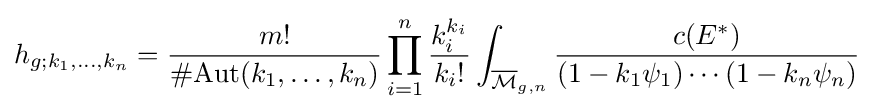
h_{g;k_{1},\dots ,k_{n}}={\dfrac {m!}{\#{\text{Aut}}(k_{1},\ldots ,k_{n})}}\prod _{i=1}^{n}{\frac {k_{i}^{k_{i}}}{k_{i}!}}\int _{{\overline {\mathcal {M}}}_{g,n}}{\frac {c(E^{*})}{(1-k_{1}\psi _{1})\cdots (1-k_{n}\psi _{n})}}